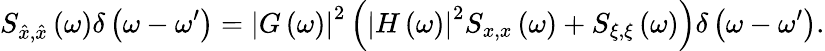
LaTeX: S_{\hat{x},\hat{x}}\left(\omega\right)\delta\left(\omega-\omega^{\prime}\right)=\left|G\left(\omega\right)\right|^{2}\left(\left|H\left(\omega\right)\right|^{2}S_{x,x}\left(\omega\right)+S_{\xi,\xi}\left(\omega\right)\right)\delta\left(\omega-\omega^{\prime}\right).